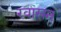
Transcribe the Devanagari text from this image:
रवासन